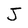
Character: J